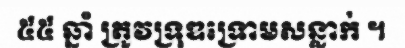
៥៥ ឆ្នាំ ត្រូវទ្រុឌទ្រោមសន្លាក់ ។